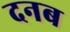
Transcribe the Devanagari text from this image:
दनब